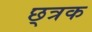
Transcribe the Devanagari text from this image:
छ्त्रक